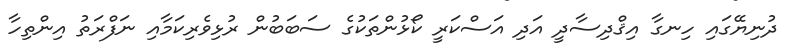
ދުނިޔޭގައި ހިނގާ އިޤްދިސާދީ އަދި އަސްކަރީ ކޯޅުންތަކުގެ ސަބަބުން ރުޅިވެރިކަމާއި ނަފްރަތު އިންތިހާ